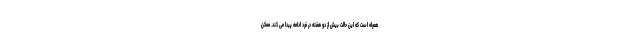
همراه است که این حالت بیش از دو هفته در فرد ادامه پیدا می کند. ممکن